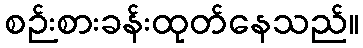
စဉ်းစားခန်းထုတ်နေသည်။